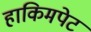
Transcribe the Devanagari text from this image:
हाकिमपेट